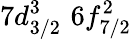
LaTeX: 7d_{3/2}^{3}\, \, 6f_{7/2}^{2}